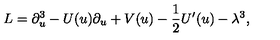
L = \partial _ { u } ^ { 3 } - U ( u ) \partial _ { u } + V ( u ) - \frac { 1 } { 2 } U ^ { \prime } ( u ) - \lambda ^ { 3 } ,